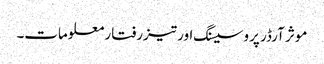
موثر آرڈر پروسیسنگ اور تیزرفتار معلومات۔